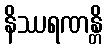
နိဿရဏန္တိ